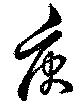
庚